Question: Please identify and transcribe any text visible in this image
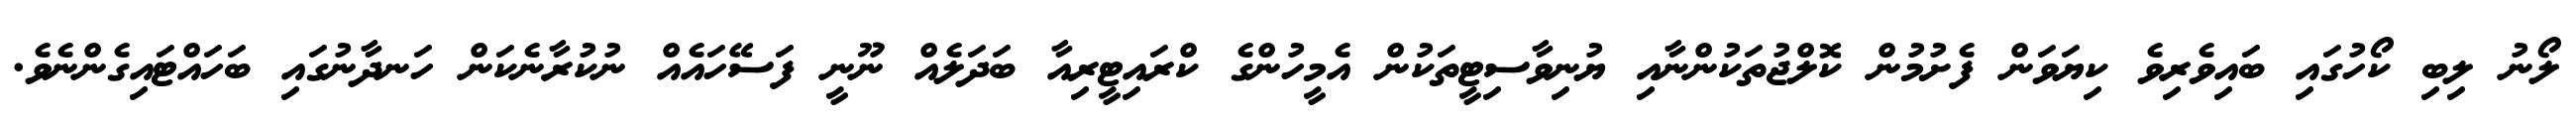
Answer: ލޯނު ލިބި ކޯހުގައި ބައިވެރިވެ ކިޔަވަން ފެށުމުން ކޮލްޖުތަކުންނާއި ޔުނިވާސިޓީތަކުން އެމީހުންގެ ކްރައިޓީރިއާ ބަދަލެއް ނޫނީ ފަސޭހައެއް ނުކުރާނެކަން ހަނދާނުގައި ބަހައްޓައިގެންނެވެ.